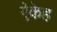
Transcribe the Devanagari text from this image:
ऐकेह